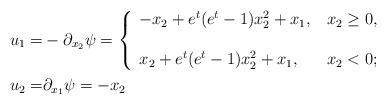
LaTeX: \begin{align*}u_1 =& -\partial_{x_2} \psi =\left\{\begin{array}{ll}-x_2 + e^t(e^t-1) x_2^2 + x_1, & \,x_2 \ge 0, \\ \\x_2 + e^t(e^t-1) x_2^2 + x_1, & \,x_2 < 0;\end{array}\right.\\u_2 =&\partial_{x_1} \psi = -x_2\end{align*}